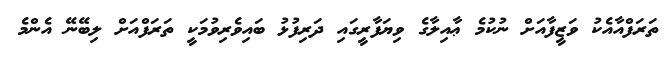
ތަރަފްއާއެކު ވަޒީފާއަށް ނުކުމެ ޢާއިލާގެ ވިޔަފާރީގައި ދަރިފުޅު ބައިވެރިވުމަކީ ތަރަފްއަށް ލިބޭނޭ އެންމެ